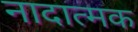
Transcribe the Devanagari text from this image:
नादात्मक